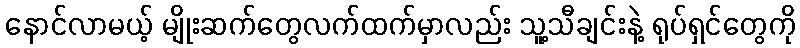
နောင်လာမယ့် မျိုးဆက်တွေလက်ထက်မှာလည်း သူ့သီချင်းနဲ့ ရုပ်ရှင်တွေကို